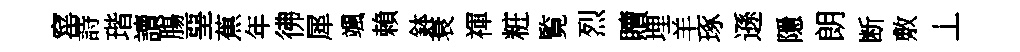
窰詩瑎讀膓堊蕉年彿犀颯賴鉢衰禈粧覧烈贖埋羊琢遜隱朗断敷丄